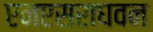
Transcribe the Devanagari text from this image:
एनएसराघवन